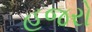
હજરો